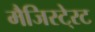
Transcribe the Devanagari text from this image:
मैजिस्टे्रट